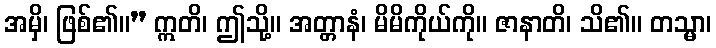
အမှိ၊ ဖြစ်၏။” ဣတိ၊ ဤသို့။ အတ္တာနံ၊ မိမိကိုယ်ကို။ ဇာနာတိ၊ သိ၏။ တသ္မာ၊